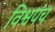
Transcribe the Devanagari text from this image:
विश्वपंच